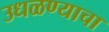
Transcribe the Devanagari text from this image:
उधळण्याचा